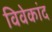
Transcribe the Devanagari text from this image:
विवेकांद